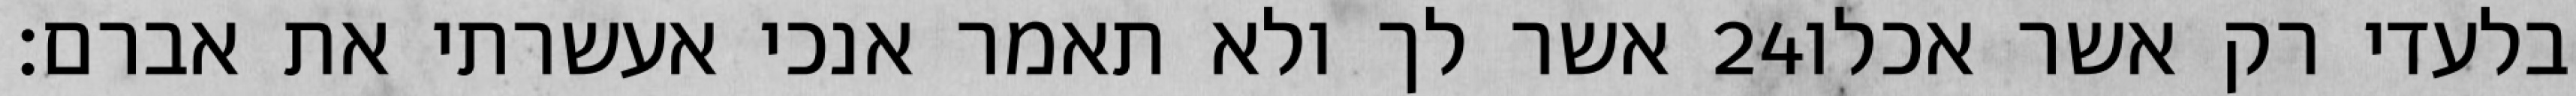
אשר לך ולא תאמר אנכי אעשרתי את אברם׃ ‎24‏ בלעדי רק אשר אכלו